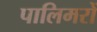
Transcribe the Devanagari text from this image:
पालिमरों